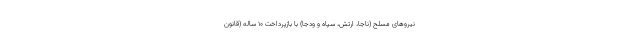
نیروهای مسلح (ناجا، ارتش، سپاه و ودجا) با بازپرداخت ۱۰ ساله (قانون